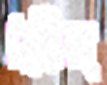
মফিজ